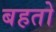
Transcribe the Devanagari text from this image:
बहतो